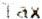
TAX